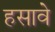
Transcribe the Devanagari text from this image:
हसावे